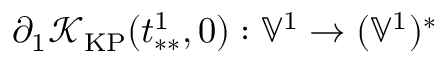
\partial _ { 1 } \mathcal { K } _ { \mathrm { K P } } ( t _ { * * } ^ { 1 } , 0 ) : \mathbb { V } ^ { 1 } \to ( \mathbb { V } ^ { 1 } ) ^ { * }